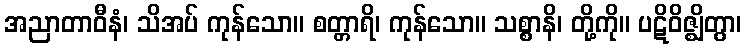
အညာတာဝီနံ၊ သိအပ် ကုန်သော။ စတ္တာရိ၊ ကုန်သော။ သစ္စာနိ၊ တို့ကို။ ပဋိဝိဇ္ဈိတွာ၊